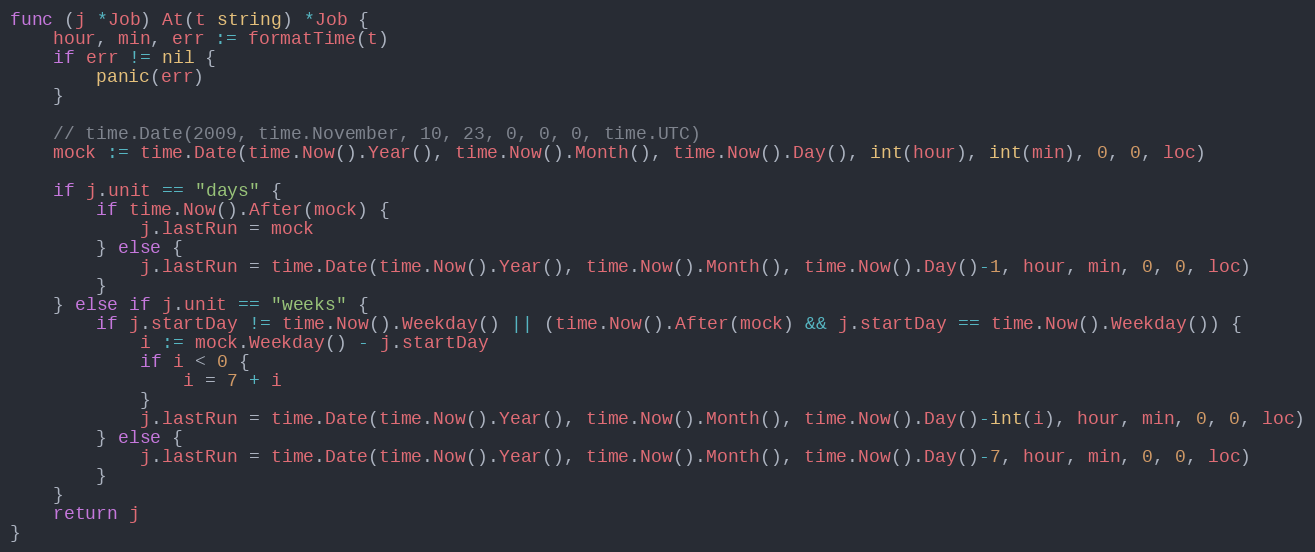
Language: Go
func (j *Job) At(t string) *Job {
	hour, min, err := formatTime(t)
	if err != nil {
		panic(err)
	}

	// time.Date(2009, time.November, 10, 23, 0, 0, 0, time.UTC)
	mock := time.Date(time.Now().Year(), time.Now().Month(), time.Now().Day(), int(hour), int(min), 0, 0, loc)

	if j.unit == "days" {
		if time.Now().After(mock) {
			j.lastRun = mock
		} else {
			j.lastRun = time.Date(time.Now().Year(), time.Now().Month(), time.Now().Day()-1, hour, min, 0, 0, loc)
		}
	} else if j.unit == "weeks" {
		if j.startDay != time.Now().Weekday() || (time.Now().After(mock) && j.startDay == time.Now().Weekday()) {
			i := mock.Weekday() - j.startDay
			if i < 0 {
				i = 7 + i
			}
			j.lastRun = time.Date(time.Now().Year(), time.Now().Month(), time.Now().Day()-int(i), hour, min, 0, 0, loc)
		} else {
			j.lastRun = time.Date(time.Now().Year(), time.Now().Month(), time.Now().Day()-7, hour, min, 0, 0, loc)
		}
	}
	return j
}